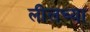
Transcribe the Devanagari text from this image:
लीलच्या